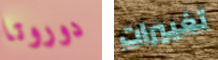
دوروتا تغييرات